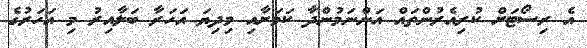
އެ ރިސޯޓަށް ކުރިއެރުންތައް އަންނަމުންދާ ކަމަށާއި މިދިޔަ އަހަރާ ބަލާއިރު މި އަހަރުގެ